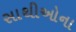
સાથીઓના